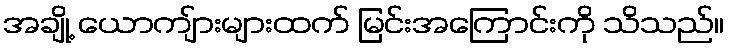
အချို့ ယောကျ်ားများထက် မြင်းအကြောင်းကို သိသည်။